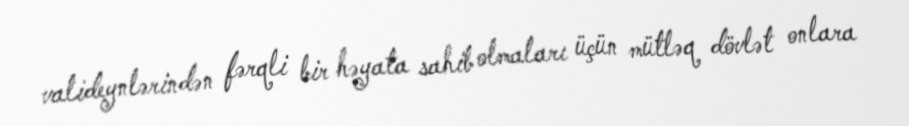
valideynlərindən fərqli bir həyata sahib olmaları üçün mütləq dövlət onlara